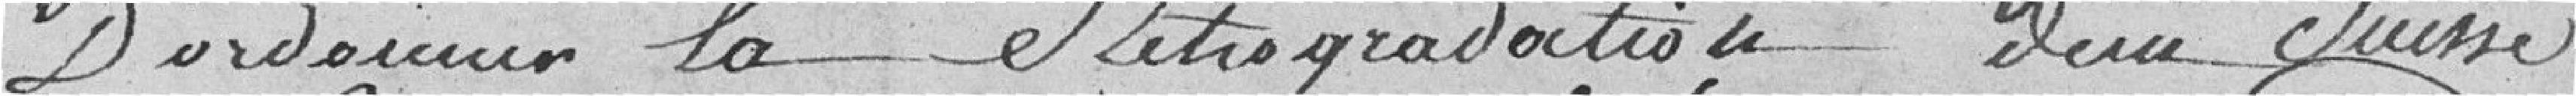
d'ordonner la rétrogradation d'un Suisse